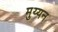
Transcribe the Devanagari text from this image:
मुय्यन